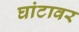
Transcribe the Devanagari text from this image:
घांटावर